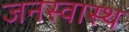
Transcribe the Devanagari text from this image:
जनस्वास्थ